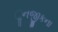
ૢનજીકના